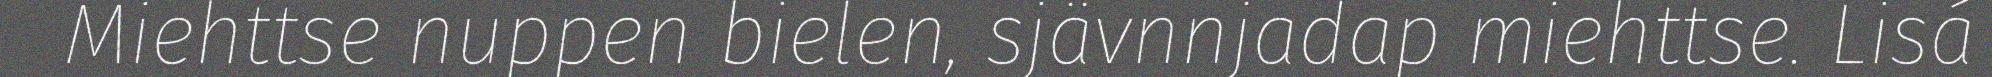
Miehttse nuppen bielen, sjävnnjadap miehttse. Lisá